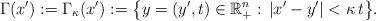
LaTeX: \begin{align*}\Gamma(x'):=\Gamma_\kappa(x'):=\big\{y=(y',t)\in{\mathbb{R}}^{n}_{+}:\,|x'-y'|<\kappa\,t\big\}.\end{align*}